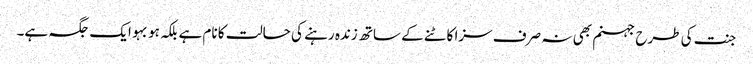
جنت کی طرح جہنم بھی نہ صرف سزا کاٹنے کے ساتھ زندہ رہنے کی حالت کا نام ہے بلکہ ہو بہو ایک جگہ ہے۔